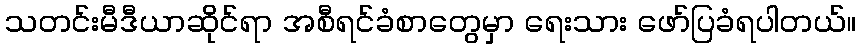
သတင်းမီဒီယာဆိုင်ရာ အစီရင်ခံစာတွေမှာ ရေးသား ဖော်ပြခံရပါတယ်။